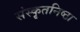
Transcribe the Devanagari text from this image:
संस्कृतनिष्ठा